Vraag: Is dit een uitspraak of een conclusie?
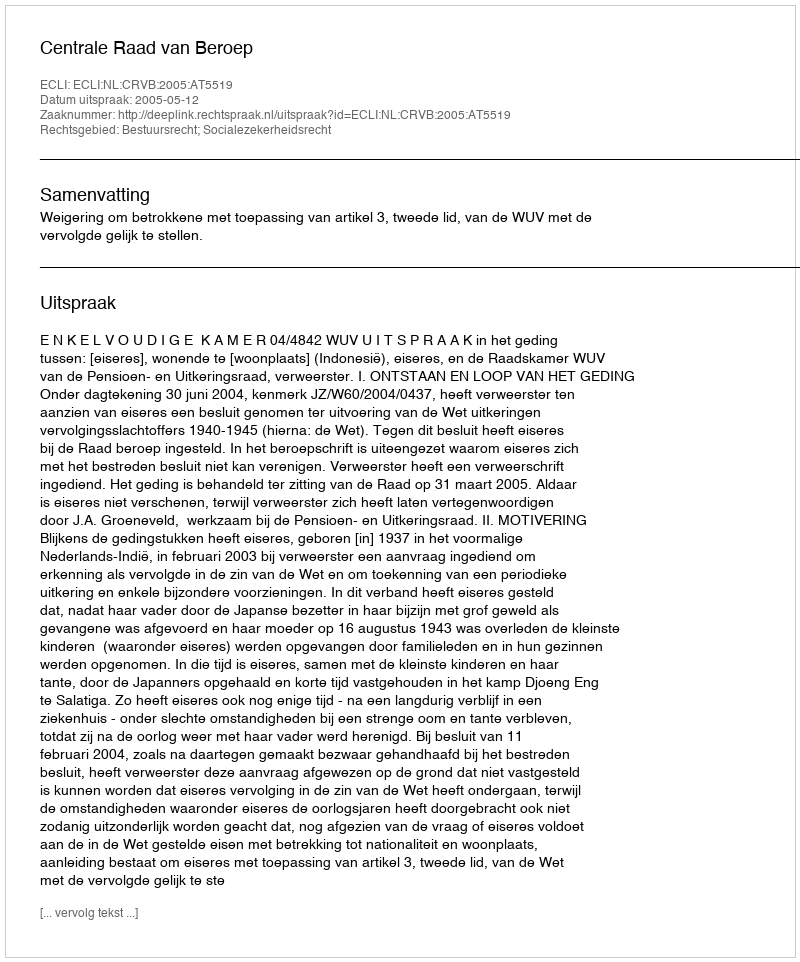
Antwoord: Uitspraak